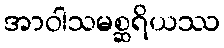
အာဝါသမစ္ဆရိယဿ